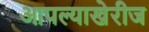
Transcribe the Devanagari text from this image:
आपल्याखेरीज